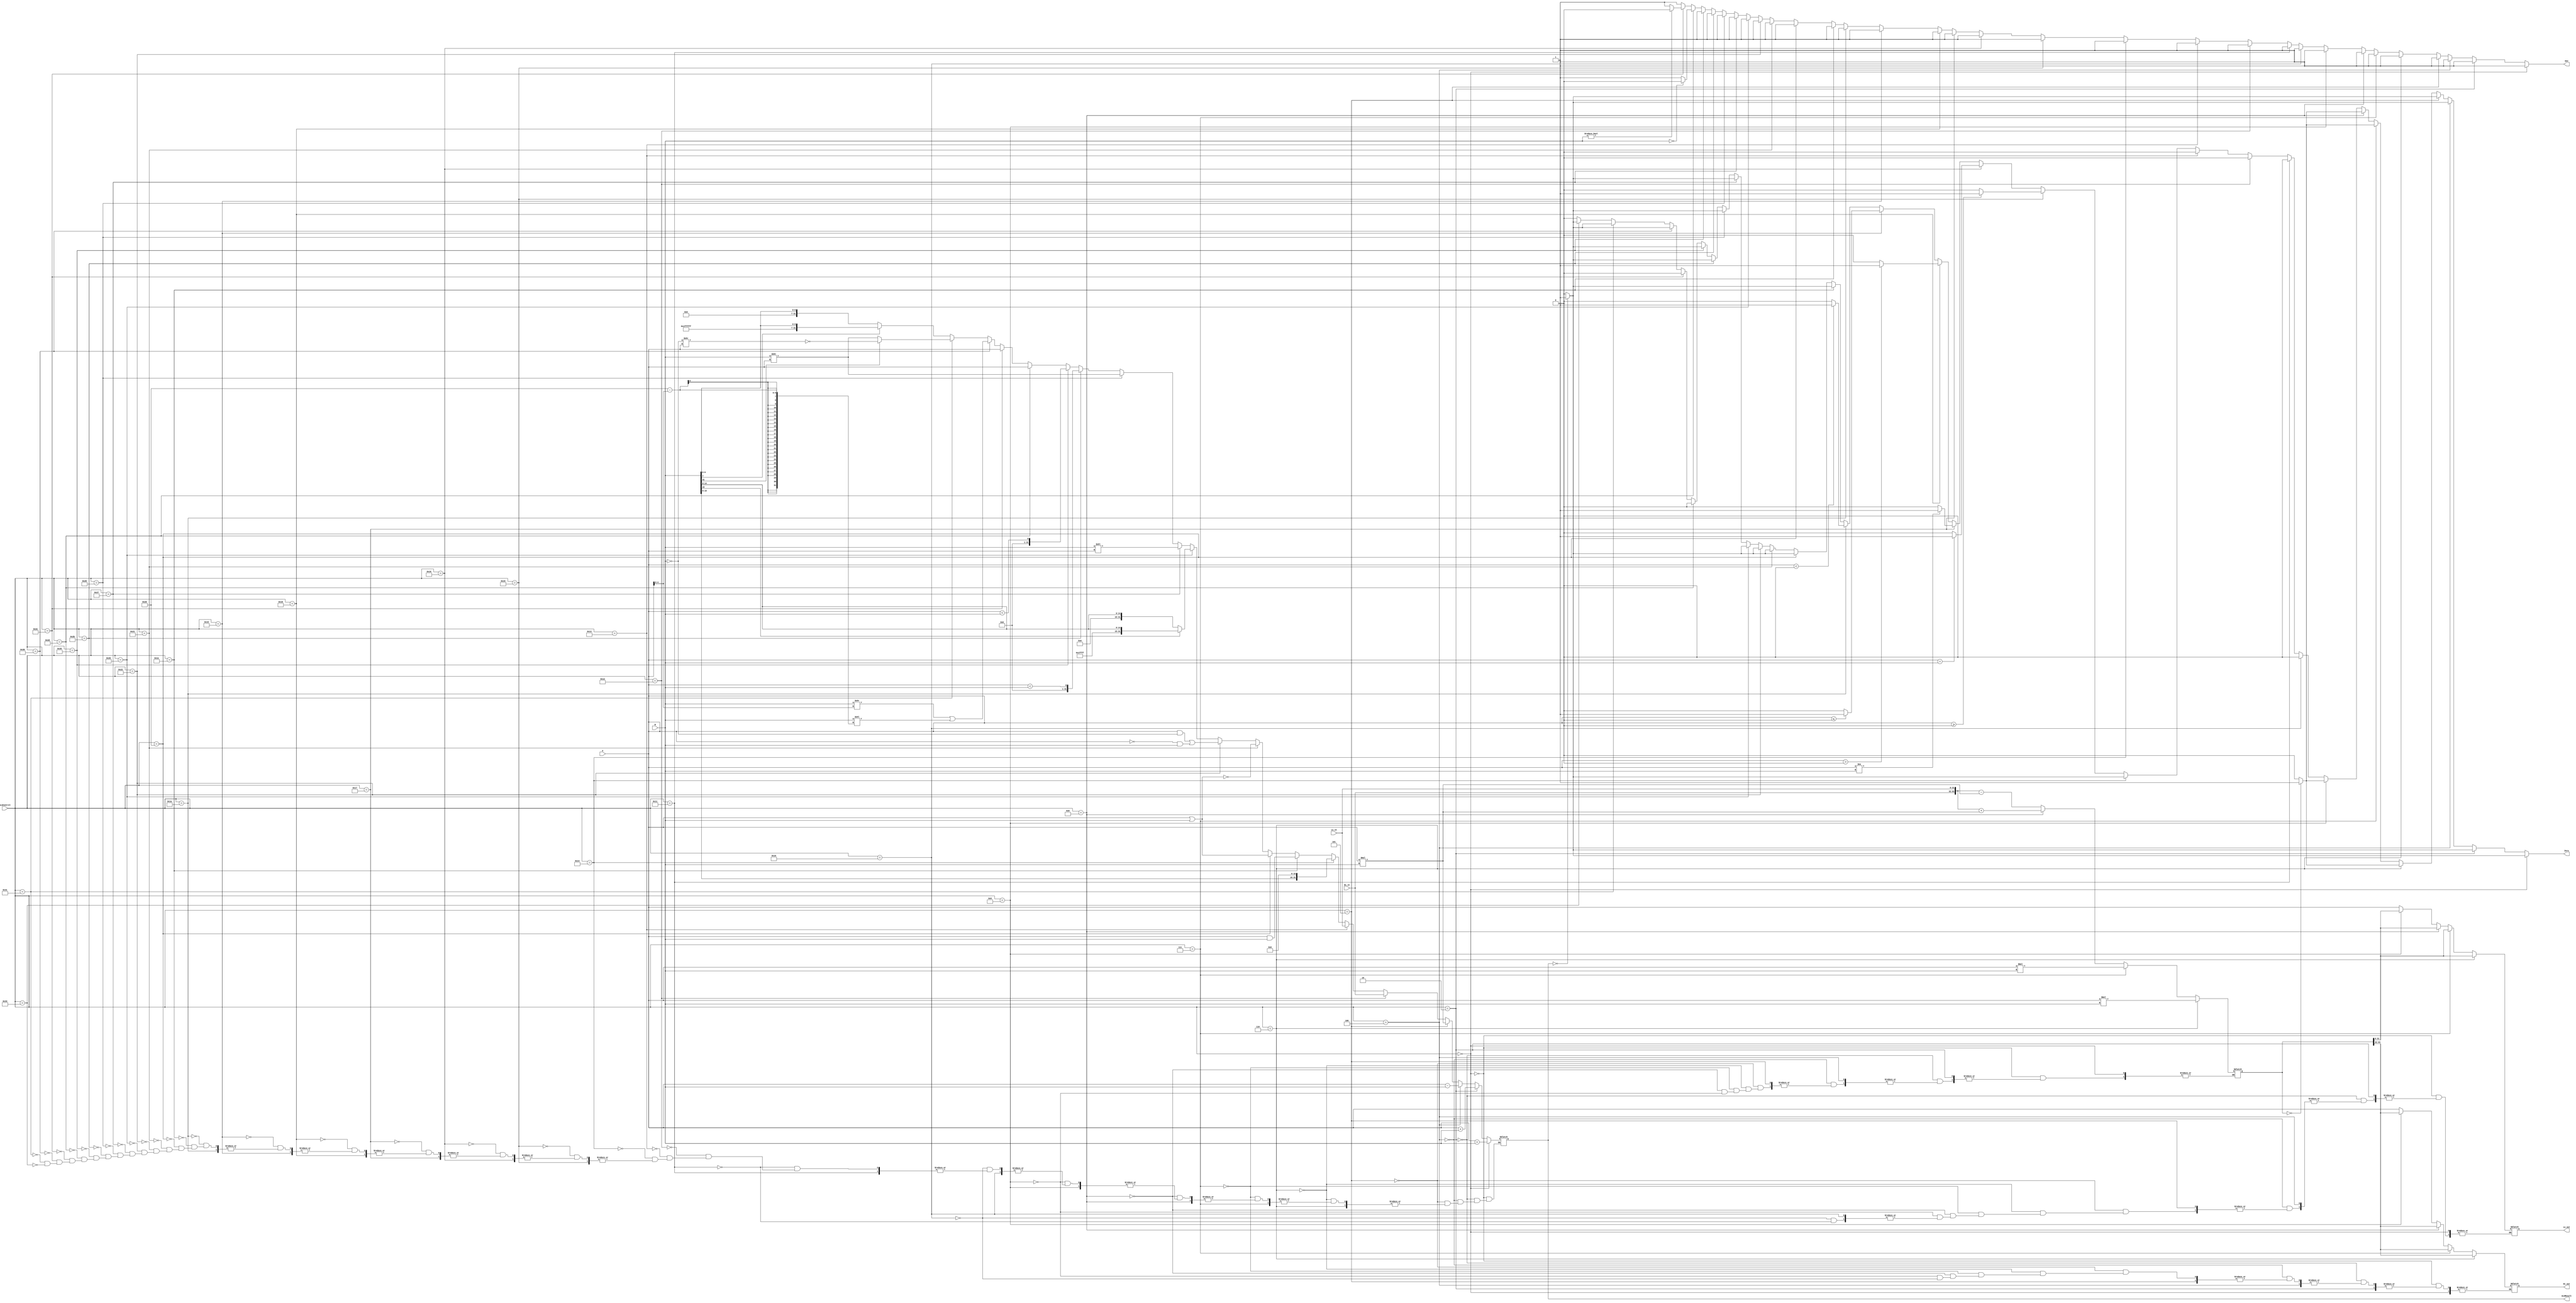
`timescale 1ns / 1ps
//////////////////////////////////////////////////////////////////////////////////
// Company: 
// Engineer: 
// 
// Design Name: 
// Module Name: ALU32Bit
// Project Name: 
// Target Devices: 
// Tool Versions: 
// Description: 
// 
// Dependencies: 
// 
// Revision:
// Revision 0.01 - File Created
// Additional Comments:
// 
//////////////////////////////////////////////////////////////////////////////////


module ALU32Bit(ALUControl, A, B, ALUResult, Zero, Hi_in, Hi_out, Lo_in, Lo_out, mov);

	input [5:0] ALUControl;                    // control bits for ALU operation
                                               // you need to adjust the bitwidth as needed
	input [31:0] A, B;	                       // inputs

    input [31:0] Hi_in, Lo_in;                         // Hi and Lo outputs combining to be 64 bit
	output reg [31:0] ALUResult, Hi_out, Lo_out;	           // answer
	output reg Zero;
	output reg mov;	                       // Zero=1 if ALUResult == 0
    
    reg [63:0] HiLo;                           // 64 bit value combination of Hi AND Lo
    reg [31:0] temp;
    
    
    always @(*)    
    begin
                 
        Zero <= 0;
        mov <= 1;
        
        /////////////////////////
        ////    Arithmetic   ////
        /////////////////////////
         
        // add (000000) A + B signed
        // also applicable for addi       
        if (ALUControl == 6'b000000)
        begin
            ALUResult <= $signed(A) + $signed(B);
            if (ALUResult == 0)
            begin
                Zero <= 1;
            end 
        end
        
        // addu (000010) A + B unsigned
        // also applicable for addiu          
        else if (ALUControl == 6'b000010)
        begin
           ALUResult <= A + B; //UNSIGNED
           if (ALUResult == 0)
           begin
                Zero <= 1;
           end           
        end
        
        // sub (000100) A - B        
        else if (ALUControl == 6'b000100)
        begin
           ALUResult <= $signed(A) - $signed(B);
           if (ALUResult == 0)
           begin
                Zero <= 1;
           end 
        end
             
        // mul (000101) A * B    
        else if (ALUControl == 6'b000101)    
        begin
           ALUResult <= $signed(A) * $signed(B);
           if (ALUResult == 0)
           begin
                Zero <= 1;
           end 
        end
         
        // mult (000110) A * B signed going to Hi and Lo
        else if (ALUControl == 6'b000110)   
        begin
            HiLo <= $signed(A) * $signed(B);
            Hi_out <= HiLo[63:32];
            Lo_out <= HiLo[31:0];
            if (HiLo == 0)
            begin
                Zero <= 1;
            end
         end
        
        // multu (000111) A * B unsigned going to Hi and Lo
        else if (ALUControl == 6'b000111)  
        begin
            HiLo <= A * B;
            Hi_out <= HiLo[63:32];
            Lo_out <= HiLo[31:0];
            if (HiLo == 0)
            begin
                Zero <= 1;
            end
         end
        
        // madd (001000) Add what's already in Hi and Lo to signed A * B
        else if (ALUControl == 6'b001000)   
        begin
            HiLo <= $signed({Hi_in, Lo_in}) + $signed(($signed(A) * $signed(B)));
            Hi_out <= $signed(HiLo[63:32]);
            Lo_out <= $signed(HiLo[31:0]); 
            if (HiLo == 0)
            begin
                Zero <= 1;
            end
         end
        
        // msub (001001) Subtract A * B from what's already in Hi and Lo    
        else if (ALUControl == 6'b001001)   
        begin
            HiLo <= $signed({Hi_in, Lo_in}) - $signed(($signed(A) * $signed(B)));        
            Hi_out <= $signed(HiLo[63:32]);
            Lo_out <= $signed(HiLo[31:0]);
            if (HiLo == 0)
            begin
                Zero <= 1;
            end
         end
            
        ////////////////////
        ////    Data    ////
        ////////////////////
        
        // lw, lh, lb, sw, sh, sb data instructions can be covered by addi
        
        // mthi (010000) Hi becomes A
         else if (ALUControl == 6'b010000)   
         begin
            Hi_out <= A;
         end
        
        // mtlo (010001) Lo becomes A
        else if (ALUControl == 6'b010001)   
        begin
            Lo_out <= A;
        end
         
        // mfhi (010010) Result of ALU becomes Hi
        else if (ALUControl == 6'b010010)   
        begin
            ALUResult <= Hi_in;
        end
        
        // mflo (010011) Result of ALU becomes Hi
        else if (ALUControl == 6'b010011)   
        begin
            ALUResult <= Lo_in;
        end
        
        // lui (010100) Load upper 16 bits of B
        else if (ALUControl == 6'b010100) 
        begin
            ALUResult <= {B[15:0], 16'b0};
            if (ALUResult == 0)
            begin
                Zero <= 1;
            end
        end
        
        //////////////////////
        ////    Branch    ////
        //////////////////////
          
        // bgez (010101) if A >= 0 then branch
        else if (ALUControl == 6'b010101) 
        begin
            if ($signed(A) >= 0)
            begin
                Zero <= 1;
            end
        end
          
        // beq (010110) if A == B then branch
        else if (ALUControl == 6'b010110) 
        begin
            if ($signed(A) == $signed(B))
            begin
                Zero <= 1;
            end
        end
          
        // bne (010111) if A !=  B then branch
        else if (ALUControl == 6'b010111) 
        begin
            if ($signed(A) != $signed(B))
            begin
                Zero <= 1;
            end
        end
          
        // bgtz (011000) if A > 0 then branch
        else if (ALUControl == 6'b011000) 
        begin
            if ($signed(A) > 0)
            begin
                Zero <= 1;
            end
        end
          
        // blez (011001) if A <= 0 then branch
        else if (ALUControl == 6'b011001) 
        begin
            if ($signed(A) <= 0)
            begin
                Zero <= 1;
            end
        end
          
        // bltz (011010) if A < 0 then branch
        else if (ALUControl == 6'b011010) 
        begin
            if ($signed(A) < 0)
            begin
                Zero <= 1;
            end
        end
          
//        // j (011011) PC = PC + I[25:0]
//        else if (ALUControl == 6'b011011)
//        begin
//            Zero <= 1;
//        end
          
//        // jr (011100) PC = rs
//        else if (ALUControl == 6'b011100) 
//        begin
//            Zero <= 1;
//        end
        
//        // jal (011101) PC = PC + I[25:0] and link
//        else if (ALUControl == 6'b011101) 
//        begin
//            Zero <= 1;
//        end
        
        ///////////////////////
        ////    Logical    ////
        ///////////////////////
          
        // and (011110) A & B
        // also applicable for andi
        else if (ALUControl == 6'b011110)   
        begin
           ALUResult <= A & B;
           if (ALUResult == 0)
           begin
                Zero <= 1;
           end
        end
          
        // or (100000) A | B
        // also applicable for ori
        else if (ALUControl == 6'b100000)   
        begin
            ALUResult <= A | B;
            if (ALUResult == 0)
            begin
                Zero <= 1;
            end
        end
          
        // nor (100001) ~(A | B)
        else if (ALUControl == 6'b100001)   
        begin
            ALUResult <= ~(A | B);
            if (ALUResult == 0)
            begin
                Zero <= 1;
            end
        end
          
        // xor (100010) (A & ~B) | (~A | B)
        // also applicable for xori
        else if (ALUControl == 6'b100010)   
        begin
            ALUResult <= (A & ~B) | (~A & B);
            if (ALUResult == 0)
            begin
                Zero <= 1;
            end
        end
          
        // seh (100110) Do sign extension on rightmost 16 bits of B
        else if (ALUControl == 6'b100110)   begin
              if (B[15] == 0)    
              begin
                  ALUResult <= {16'b0, B[15:0]};
              end
              else 
              begin    
                  ALUResult <= {16'b1111111111111111, B[15:0]};
              end
              if (ALUResult == 0)
              begin
                Zero <= 1;
              end
        end
          
        // sll (100111) B << A
        // also apllicable for sllv 
        else if (ALUControl == 6'b100111)   
        begin
            ALUResult <= B << A; 
            if (ALUResult == 0)
            begin
                Zero <= 1;
            end
        end
          
        // srl (101000) B >> A 
        // also applicable for srlv
        else if (ALUControl == 6'b101000)   
        begin
             ALUResult <= B >> A;
             if (ALUResult == 0)
             begin
                Zero <= 1;
             end
        end
        
        // slt (101100) A < B signed
        // also applicable for slti
        else if (ALUControl == 6'b101011)   
        begin
            ALUResult <= ($signed(A) < $signed(B));
            if (ALUResult == 0)
            begin
                Zero <= 1;
            end
        end
          
        // sltu (110101) A < B) unsigned
        // also applicable for sltiu
        else if (ALUControl == 6'b110101) 
        begin
            ALUResult <= (A < B);
            if (ALUResult == 0)
            begin
              Zero <= 1;
            end
        end
          
        // movn (101101) if B != 0 then take A
        else if (ALUControl == 6'b101101)  
        begin
            ALUResult <= A;
            if (B == 0)
            begin 
                mov <= 0;
            end
        end
          
        // movz (101110) if B == 0 then take A
        else if (ALUControl == 6'b101110)  
        begin
            ALUResult <= A;
            if (B != 0) 
            begin
                mov <= 0;
            end
        end
          
        // rotr (110000) rotate B with an A value
        // also applicable for rotrv
        else if (ALUControl == 6'b110000)
        begin
            ALUResult <= ((B >> A[4:0]) | (B << (32-A[4:0])));
            if (ALUResult == 0)
            begin
                Zero <= 1;
            end
        end
        
        // sra (110001) shift right and maintain sign
        // also applicable for srav
        else if (ALUControl == 6'b110001)  
        begin
            if (B[31] == 0)    
            begin
                ALUResult <= B >> A;
            end
            else 
            begin
                temp = (~B) >> A;
                ALUResult <= ~temp;
            end
            if (ALUResult == 0)
            begin
               Zero <= 1;
            end
          end
          
        // seb (110011) sign extension for rightmost byte
        else if (ALUControl == 6'b110011)   
        begin  
              if (B[7] == 0)    
              begin
                  ALUResult <= {24'b0, B[7:0]};
              end
              else 
              begin    
                  ALUResult <= {24'b111111111111111111111111, B[7:0]};
              end
              if (ALUResult == 0)
              begin
                Zero <= 1;
              end
        end
    end
endmodule